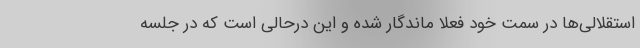
استقلالی‌ها در سمت خود فعلا ماندگار شده و این درحالی است که در جلسه